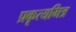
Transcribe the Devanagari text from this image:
प्रकृत्यमित्र